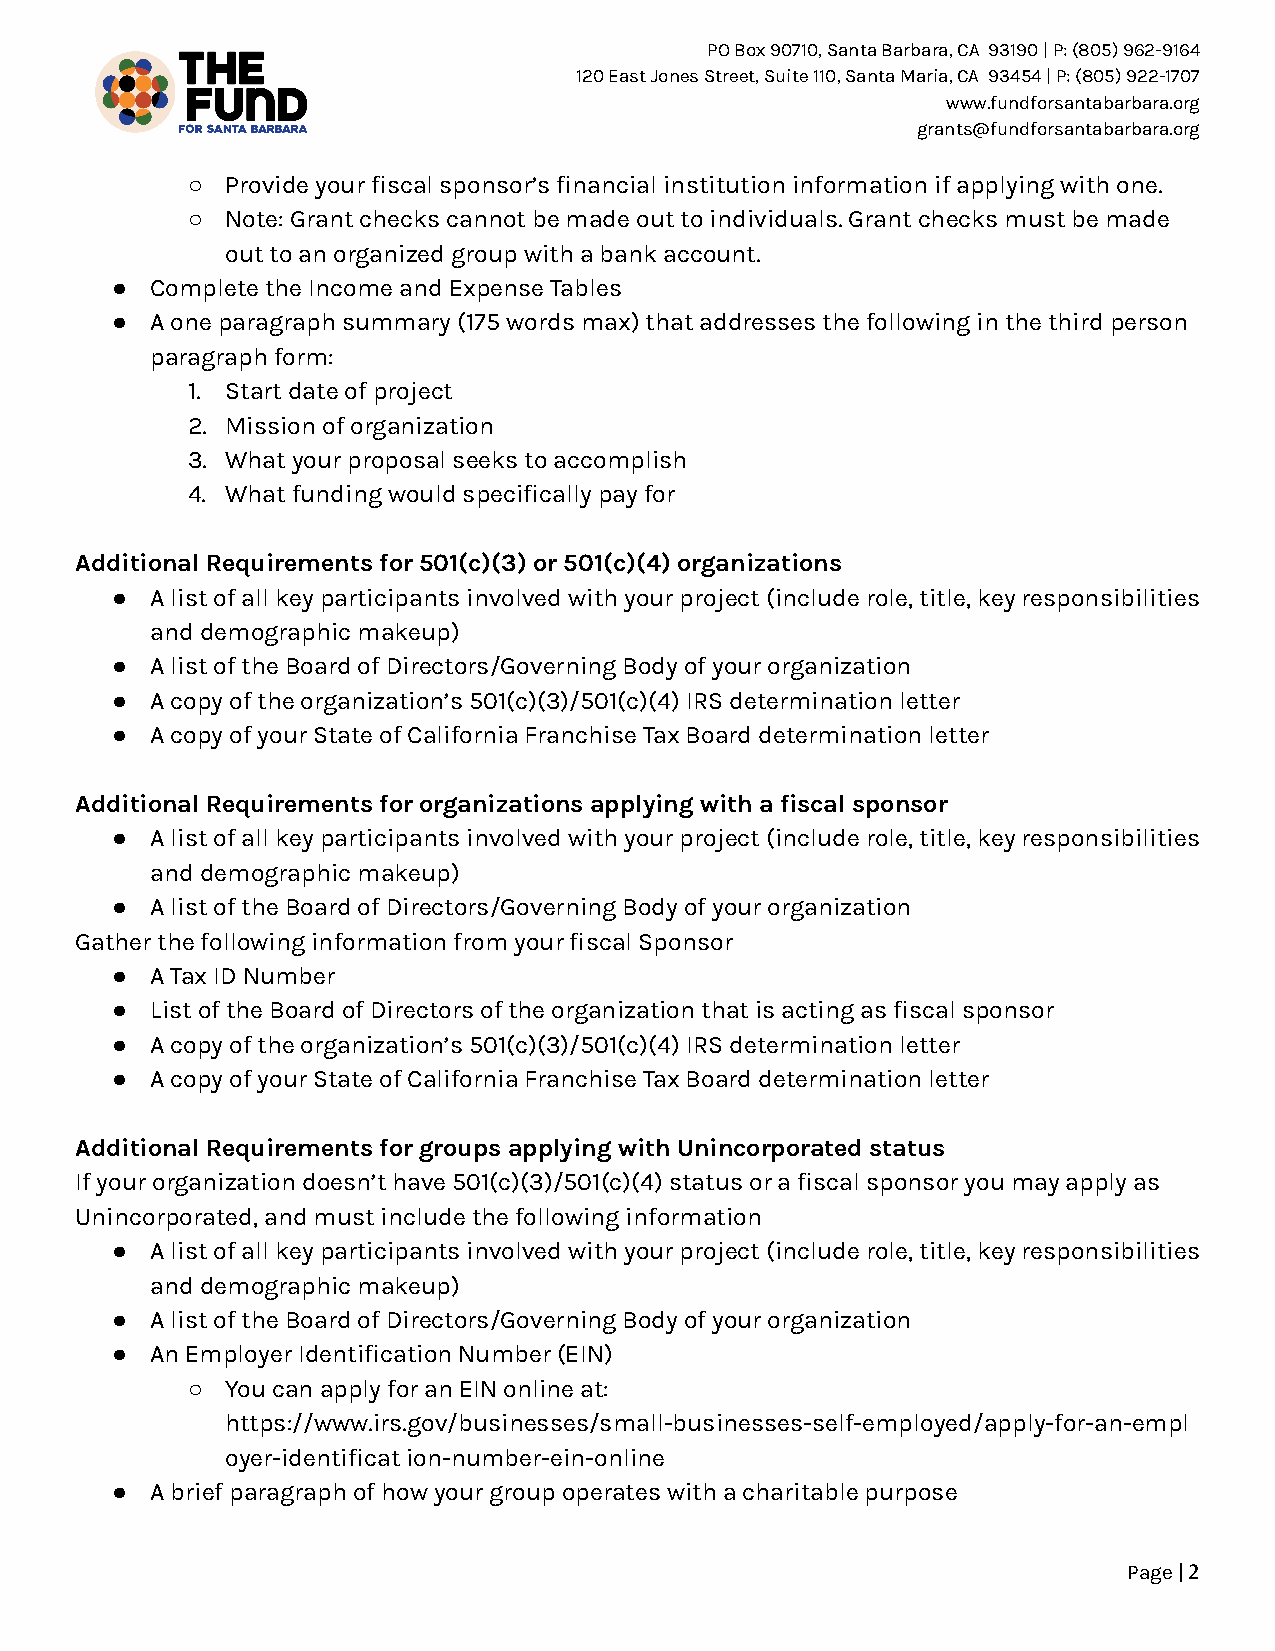
PO Box 90710, Santa Barbara, CA 93190 | P: (805) 962-9164
 120 East Jones Street, Suite 110, Santa Maria, CA 93454 | P: (805) 922-1707
 www.fundforsantabarbara.org
 grants@fundforsantabarbara.org
 ○  Provide your fiscal sponsor’s financial institution information if applying with one.
 ○  Note: Grant checks cannot be made out to individuals. Grant checks must be made
 out to an organized group with a bank account.
 ●  Complete the Income and Expense Tables
 ●  A one paragraph summary (175 words max) that addresses the following in the third person
 paragraph form:
 1. Start date of project
 2. Mission of organization
 3. What your proposal seeks to accomplish
 4. What funding would specifically pay for
 Additional Requirements for 501(c)(3) or 501(c)(4) organizations
 ●  A list of all key participants involved with your project (include role, title, key responsibilities
 and demographic makeup)
 ●  A list of the Board of Directors/Governing Body of your organization
 ●  A copy of the organization’s 501(c)(3)/501(c)(4) IRS determination letter
 ●  A copy of your State of California Franchise Tax Board determination letter
 Additional Requirements for organizations applying with a fiscal sponsor
 ●  A list of all key participants involved with your project (include role, title, key responsibilities
 and demographic makeup)
 ●  A list of the Board of Directors/Governing Body of your organization
 Gather the following information from your fiscal Sponsor
 ●  A Tax ID Number
 ●  List of the Board of Directors of the organization that is acting as fiscal sponsor
 ●  A copy of the organization’s 501(c)(3)/501(c)(4) IRS determination letter
 ●  A copy of your State of California Franchise Tax Board determination letter
 Additional Requirements for groups applying with Unincorporated status
 If your organization doesn’t have 501(c)(3)/501(c)(4) status or a fiscal sponsor you may apply as
 Unincorporated, and must include the following information
 ●  A list of all key participants involved with your project (include role, title, key responsibilities
 and demographic makeup)
 ●  A list of the Board of Directors/Governing Body of your organization
 ●  An Employer Identification Number (EIN)
 ○  You can apply for an EIN online at:
 https://www.irs.gov/businesses/small-businesses-self-employed/apply-for-an-empl
 oyer-identificat ion-number-ein-online
 ●  A brief paragraph of how your group operates with a charitable purpose
 Page |2